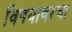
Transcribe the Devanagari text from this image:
विषयावरचा